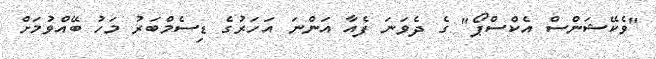
"ވެކޭޝަންސް އެކްސްޕޯ" ގެ ދެވަނަ ފެއާ އަންނަ އަހަރުގެ ޑިސެމްބަރު މަހު ބޭއްވުމަށް